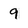
Character: 9